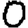
Digit: 0